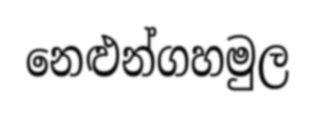
නෙළුන්ගහමුල